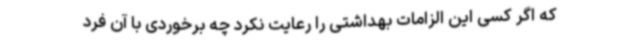
که اگر کسی این الزامات بهداشتی را رعایت نکرد چه برخوردی با آن فرد